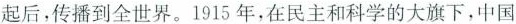
起后，传播到全世界。1915年，在民主和科学的大旗下，中国